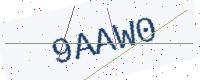
Text: 9AAW0